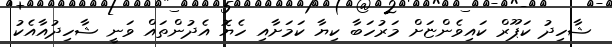
ޝާހިދު ކަޕޫރް ކައިވެންޏަށް މަރުހަބާ ކިޔާ ކަމަށާއި ހެޔޮ އެދުންތައް ވަނީ ޝާހިދުއާއެކު